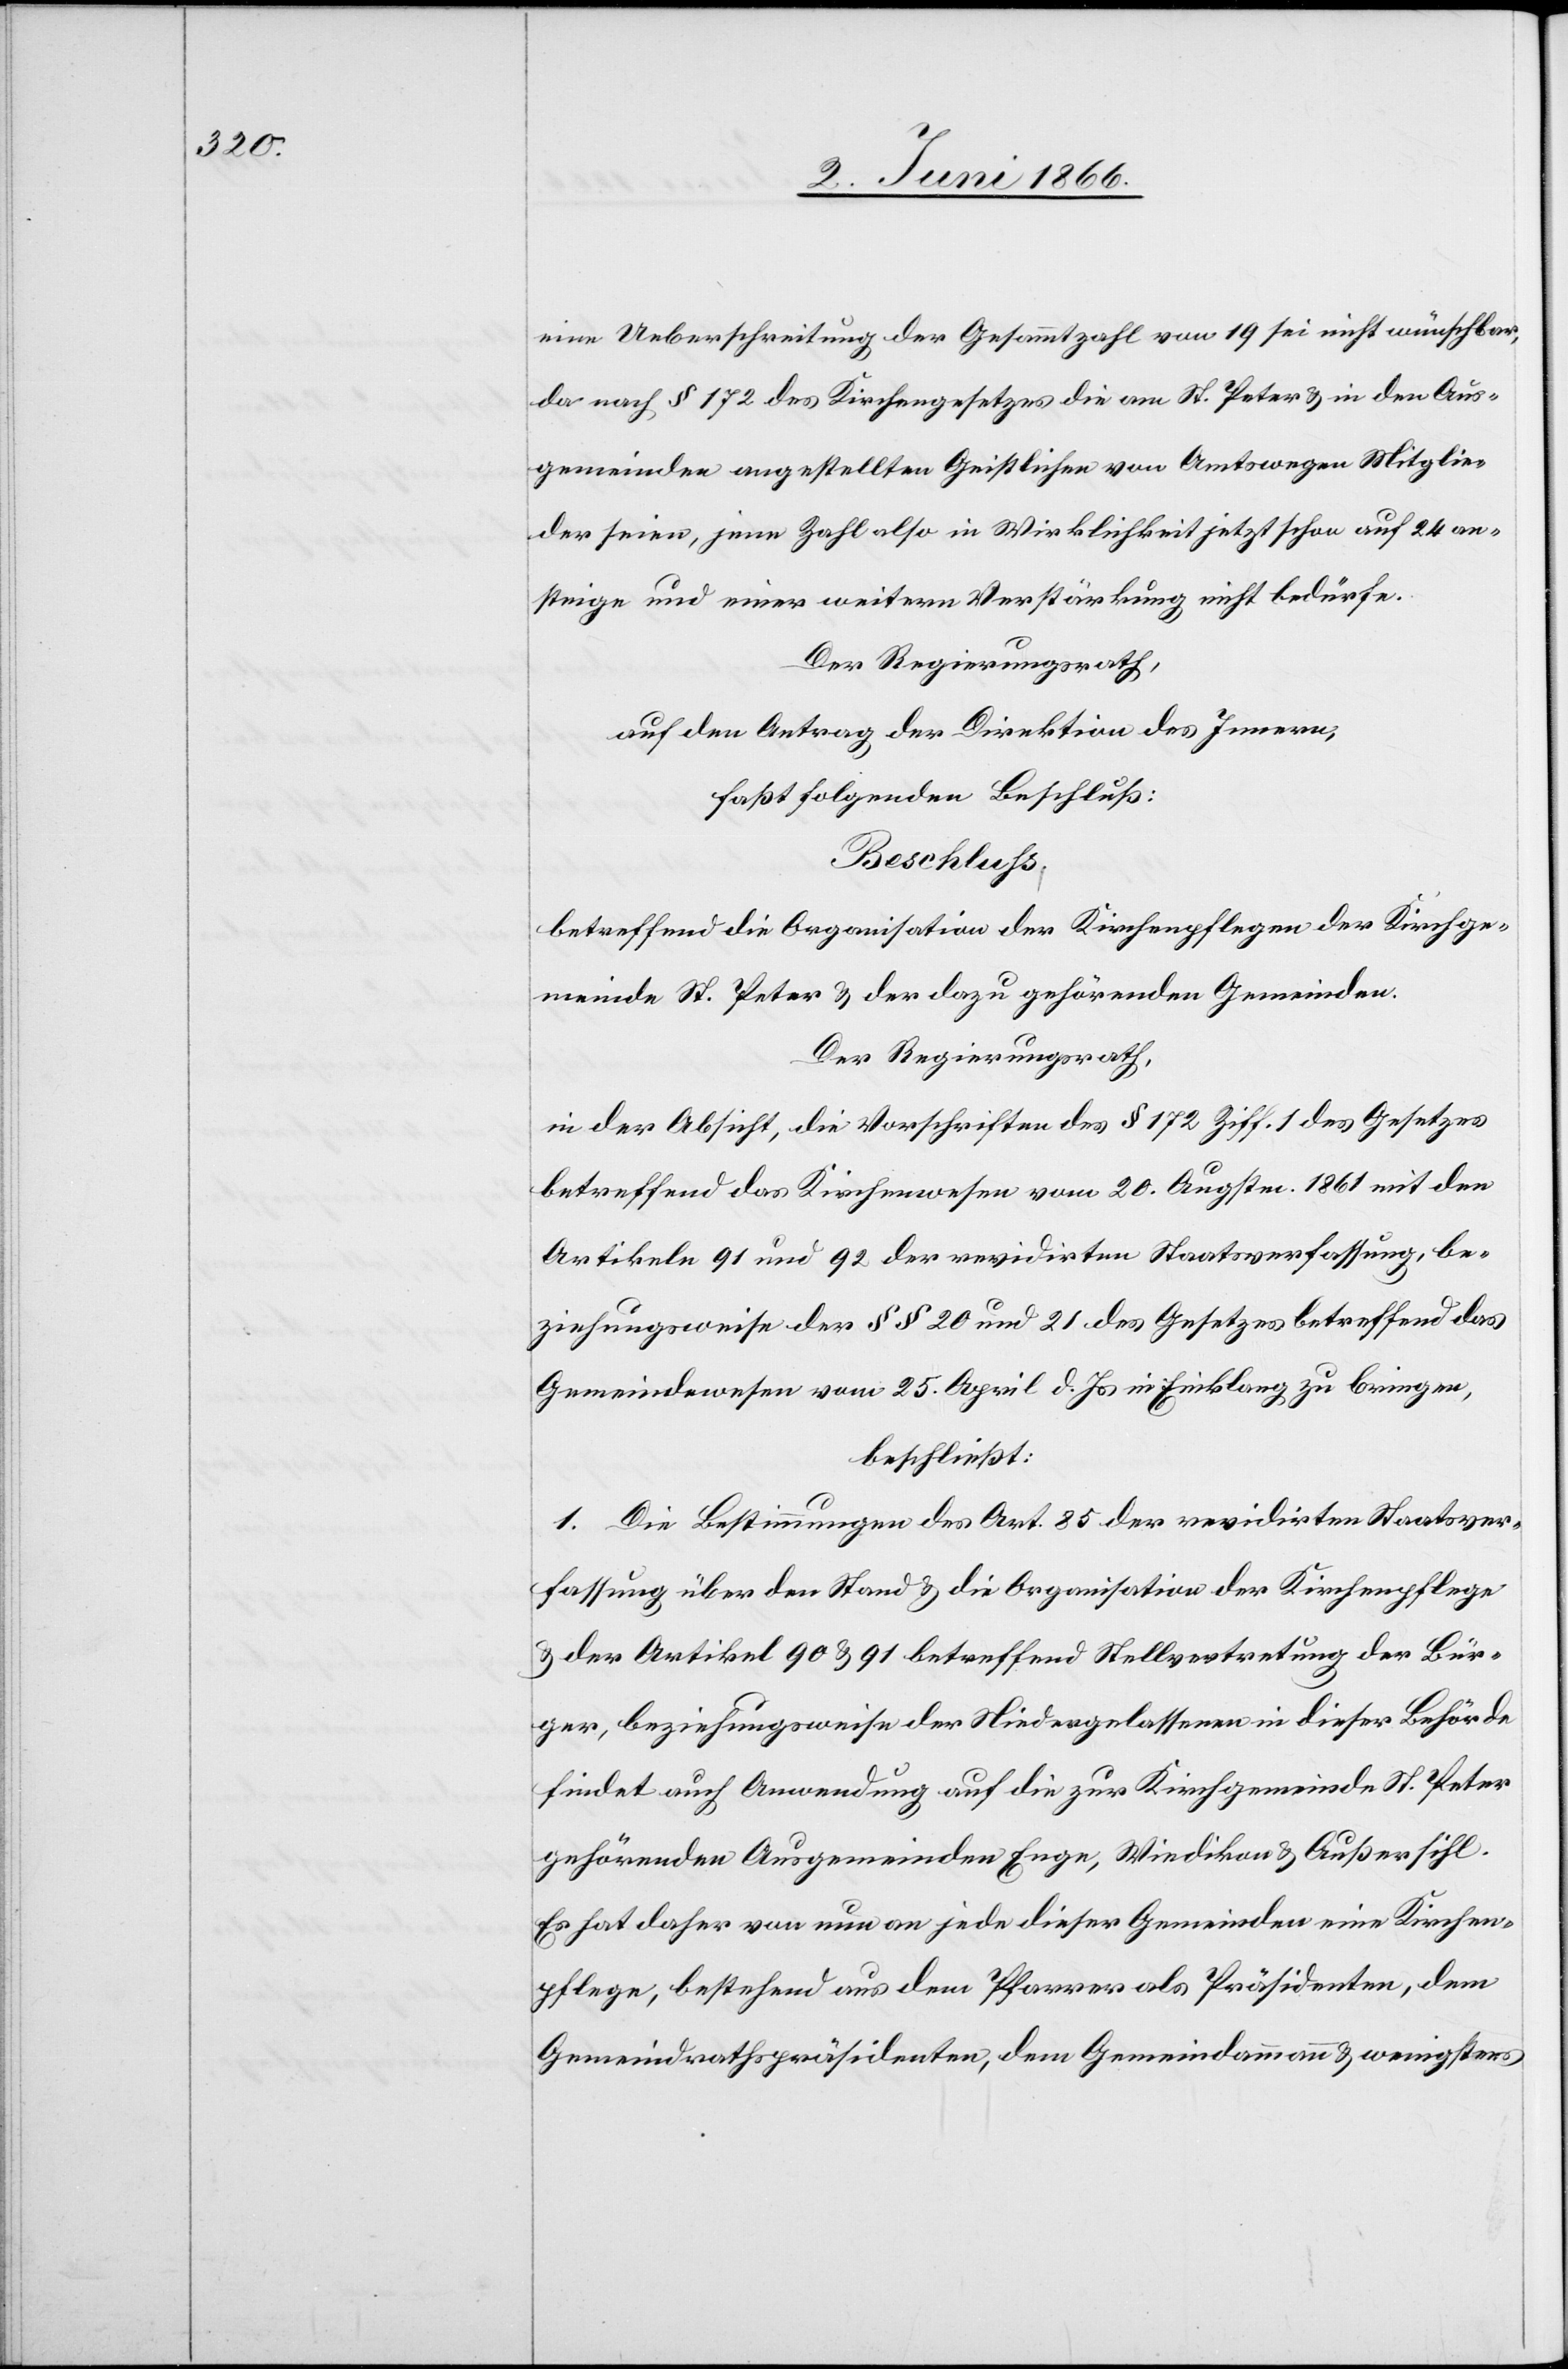
eine Ueberschreitung der Gesammtzahl von 19 sei nicht wünschbar,
da nach § 172 des Kirchengesetzes die am St. Peter u. in den Aus¬
gemeinden angestellten Geistlichen von Amtswegen Mitglie¬
der seien, jene Zahl also in Wirklichkeit jetzt schon auf 24 an¬
steige und einer weitern Verstärkung nicht bedürfe.
Der Regierungsrath,
auf den Antrag der Direktion des Innern,
faßt folgenden Beschluß:
Beschluß,
betreffend die Organisation der Kirchenpflege der Kirchge¬
meinde St. Peter u. der dazu gehörenden Gemeinden.
Der Regierungsrath,
in der Absicht, die Vorschriften des § 172 Ziff. 1 des Gesetzes
betreffend das Kirchenwesen vom 20. Augstm. 1861 mit den
Artikeln 91 und 92 der revidirten Staatsverfassung, be¬
ziehungsweise der § § 20 und 21 des Gesetzes betreffend das
Gemeindewesen vom 25. April d. Js. in Einklang zu bringen,
beschließt:
1. Die Bestimmungen des Art. 85 der revidirten Staatsver¬
fassung über den Stand u. die Organisation der Kirchenpflege
u. der Artikel 90 u. 91 betreffend Stellvertretung der Bür¬
ger, beziehungsweise der Niedergelassenen in dieser Behörde
findet auch Anwendung auf die zur Kirchgemeinde St. Peter
gehörenden Ausgemeinden Enge, Wiedikon u. Außersihl.
Es hat daher von nun an jede dieser Gemeinden eine Kirchen¬
pflege, bestehend aus dem Pfarrer als Präsidenten, dem
Gemeindrathspräsidenten, dem Gemeindammann u. wenigstens